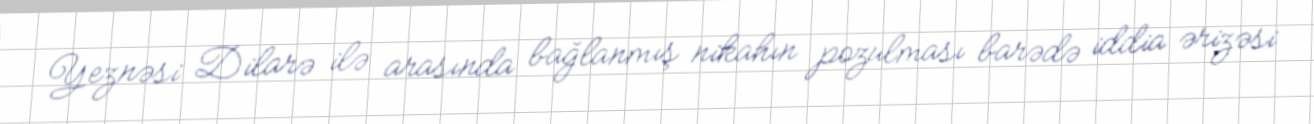
Yeznəsi Dilarə ilə arasında bağlanmış nikahın pozulması barədə iddia ərizəsi